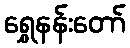
ရွှေနန်းတော်